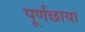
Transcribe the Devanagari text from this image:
पूर्णछाया